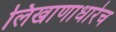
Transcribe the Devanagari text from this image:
लिखाणाधारेच